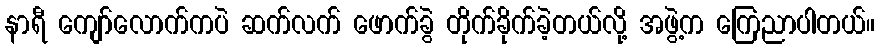
နာရီ ကျော်လောက်ကပဲ ဆက်လက် ဖောက်ခွဲ တိုက်ခိုက်ခဲ့တယ်လို့ အဖွဲ့က ကြေညာပါတယ်။